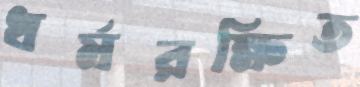
ধর্মরক্ষিত